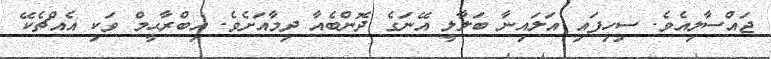
ޖައްސާލިއެވެ. ސިހިފައި އަލައިނާ ބަލާލީ އޭނަގެ ދޮންބެއާ ދިމާއަށެވެ. އިބްރާޙީމް ވަކި އެއްޗެކޭ